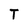
Character: T